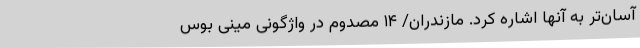
آسان‌تر به آنها اشاره کرد. مازندران/ ۱۴ مصدوم در واژگونی مینی بوس